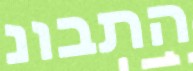
התבונ